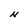
Character: N